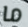
ما